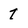
Character: 7